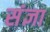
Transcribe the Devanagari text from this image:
संंज्ञा